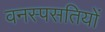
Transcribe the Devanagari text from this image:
वनस्पसतियों